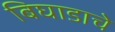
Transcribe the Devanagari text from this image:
बिघाडाचे